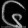
Digit: ၆